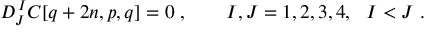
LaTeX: D _ { J } ^ { \, I } C [ q + 2 n , p , q ] = 0 \; , \qquad I , J = 1 , 2 , 3 , 4 , \ \ I < J \; .